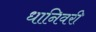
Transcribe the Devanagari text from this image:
धानिवरी